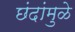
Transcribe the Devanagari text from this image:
छंदांमुळे